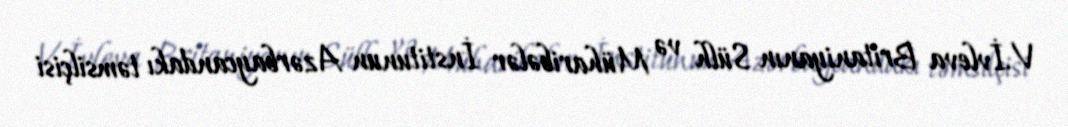
V.İvleva Britaniyanın Sülh və Müharibələr İnstitunun Azərbaycandakı təmsilçisi